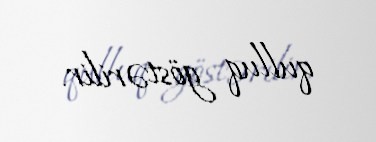
qulluq göstərilir.